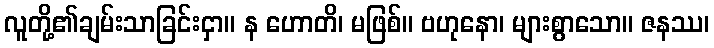
လူတို့၏ချမ်းသာခြင်းငှာ။ န ဟောတိ၊ မဖြစ်။ ဗဟုနော၊ များစွာသော။ ဇနဿ၊